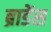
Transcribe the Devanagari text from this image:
ब्राडेंस